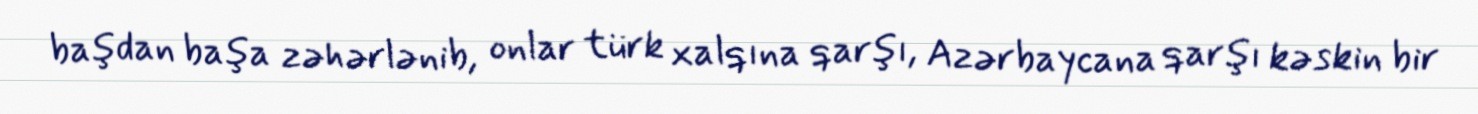
başdan başa zəhərlənib, onlar türk xalqına qarşı, Azərbaycana qarşı kəskin bir